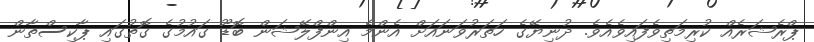
ޕްރެޝަރެއް ކުރިމަތިވެފައިވެއެވެ. ދުނިޔޭގެ ހަތަރުވަނައަށް އެންމެ އިންފްލޭޝަން ބޮޑޫ ގައުމުގެ ގޮތުގައި ޕާކިސްތާން